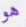
هو